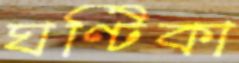
ঘণ্টিকা